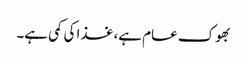
بھوک عام ہے، غذا کی کمی ہے۔